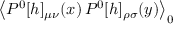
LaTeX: \left< P ^ { 0 } [ h ] _ { \mu \nu } ( x ) \, P ^ { 0 } [ h ] _ { \rho \sigma } ( y ) \right> _ { 0 }